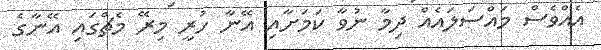
އެއްވެސް މައްސަލައެއް ދިމާ ނުވާ ކަމަށާއި އޭނާ ހުރީ މިރޭ މެޗްގައި އޭނާގެ